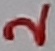
Text: 2